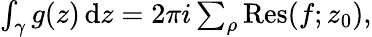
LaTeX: \begin{array}{r}{\int_{\gamma}g(z)\, \mathrm{d}z=2\pi i\sum_{\rho}\operatorname{Res}(f;z_{0}),}\end{array}